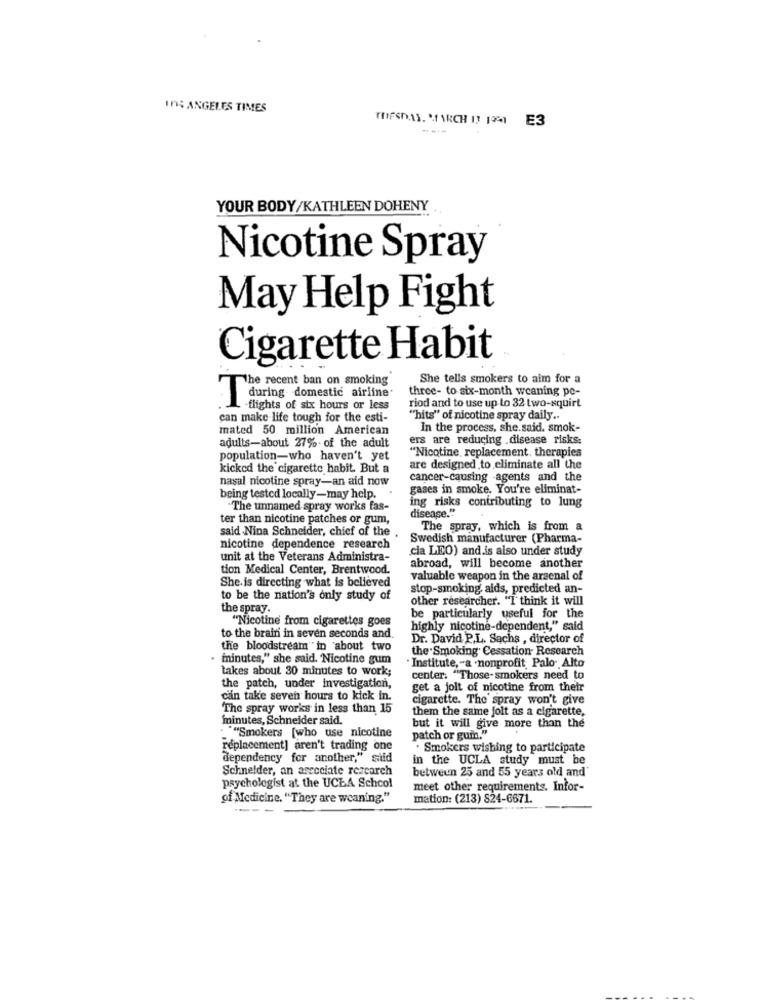
INS ANGELES TIMES
TRIPSDAS. MARCH 13 1991 E3
----
YOUR BODY/KATHLEEN DOHENY
Nicotine Spray
May Help Fight
Cigarette Habit
The recent ban on smoking
She tells smokers to aim for a
three- to six-month weaning pe-
during domestic airline
riod and to use up to 32 two-squirt
-flights of six hours or less
can make life tough for the esti-
"hits" of nicotine spray daily ..
mated 50 million American
In the process, she.said. smok-
ers are reducing .disease risks:
adults-about 27% of the adult
"Nicotine, replacement. therapies
population-who haven't yet
kicked the cigarette habit. But a
are designed to eliminate all the
nasal nicotine spray-an aid now
cancer-causing agents and the
gases in smoke. You're eliminat-
being tested locally-may help.
The unnamed spray works fas-
ing risks contributing to lung
ter than nicotine patches or gum,
disease."
said .Nina Schneider, chief of the
The spray, which is from a
Swedish manufacturer (Pharma-
nicotine dependence research
cia LEO) and is also under study
unit at the Veterans Administra-
tion Medical Center, Brentwood.
abroad, will become another
She. is directing what is believed
valuable weapon in the arsenal of
stop-smoking, aids, predicted an-
to be the nation's only study of
other researcher. "I think it will
the spray.
"Nicotine from cigarettes goes
be particularly useful for the
highly nicotine-dependent," said
to the brain in seven seconds and.
Dr. David P.L. Sachs , director of
the bloodstream" in about two
the Smoking Cessation- Research
· minutes," she said. Nicotine gum
takes about 30 minutes to work;
· Institute, - a .nonprofit, Palo Alto
center. "Those-smokers need to
the patch, under investigation,
get a jolt of nicotine from their
can take seven hours to kick in.
cigarette. The spray won't give
The spray works in less than 15
them the same jolt as a cigarette,
minutes, Schneider said.
but it will give more than the
. ""Smokers [who use nicotine
patch or guin."
replacement] aren't trading one
. Smokers wishing to participate
dependency for another," said
in the UCLA study must be
Schneider, an associate research
between 25 and 55 years old and
psychologist at the UCLA School
meet other requirements. Infor-
of Medicine. "They are weaning."
mation: (213) 824-6671